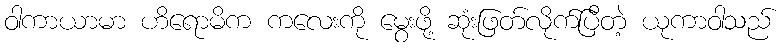
ဝါကာယာမာ ဟိရောမိက ကလေးကို မွေးဖို့ ဆုံးဖြတ်လိုက်ပြီတဲ့ ယုကာဝါသည်